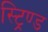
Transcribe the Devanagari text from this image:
स्ट्रिण्ड